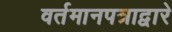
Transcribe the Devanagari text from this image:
वर्तमानपत्राद्वारे